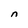
Character: n